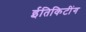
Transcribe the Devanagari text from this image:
ईतिकिटींग